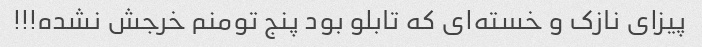
پیزای نازک و خسته‌ای که تابلو بود پنج تومنم خرجش نشده!!!